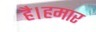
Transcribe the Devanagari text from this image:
है।हमार